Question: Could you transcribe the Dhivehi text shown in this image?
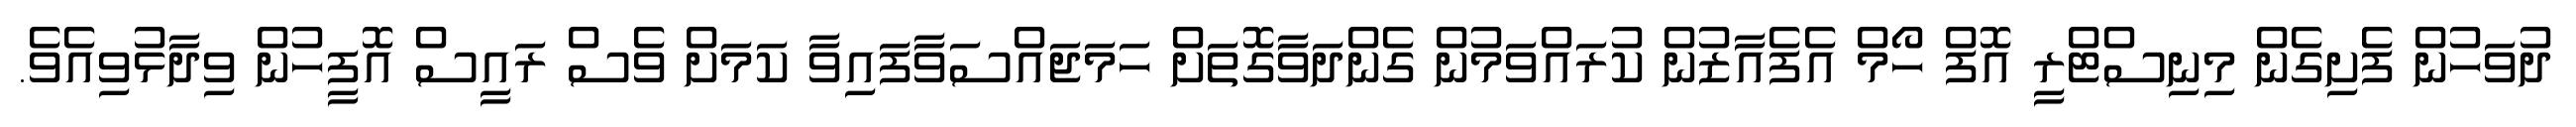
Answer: ދުވަހުން ފެށިގެން މިނިސްޓްރީ އޮފް ހޯމް އެފެއާޒުން ކުރައްވަމުން ގެންދަވާގޮތަށް ހަމަޖައްސަވާފައިވާ ކަމަށް ވެސް ރައީސް އޮފީހުން ވިދާޅުވިއެވެ.